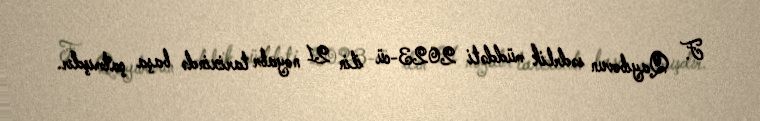
F. Qayıbovun sədrlik müddəti 2023-cü ilin 21 noyabr tarixində başa çatmışdır.